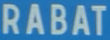
RABAT